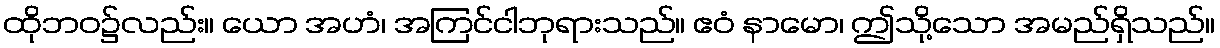
ထိုဘဝ၌လည်း။ ယော အဟံ၊ အကြင်ငါဘုရားသည်။ ဧဝံ နာမော၊ ဤသို့သော အမည်ရှိသည်။